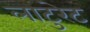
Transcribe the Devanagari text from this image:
लाटुरेट